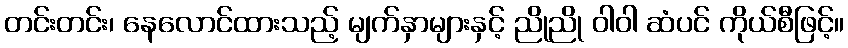
တင်းတင်း၊ နေလောင်ထားသည့် မျက်နှာများနှင့် ညိုညို ဝါဝါ ဆံပင် ကိုယ်စီဖြင့်။